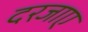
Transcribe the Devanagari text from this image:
दरजाए